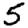
Digit: 5